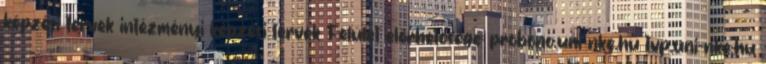
képzési tervek intézményi képzési tervek Felület elérhetősége: probono.uni-nke.hu tvp.uni-nke.hu